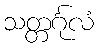
သတ္တင်္ဂုလံ